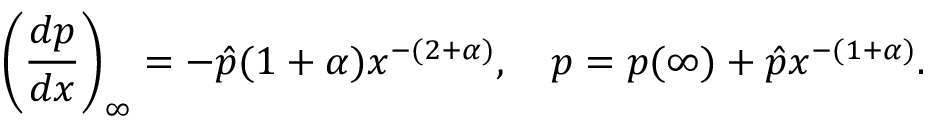
\left( \frac { d p } { d x } \right) _ { \infty } = - \hat { p } ( 1 + \alpha ) x ^ { - ( 2 + \alpha ) } , \quad p = p ( \infty ) + \hat { p } x ^ { - ( 1 + \alpha ) } .